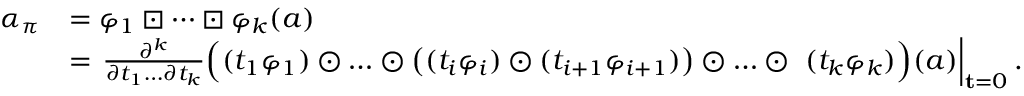
\begin{array} { r l } { \alpha _ { \pi } } & { = \varphi _ { 1 } \boxdot \cdots \boxdot \varphi _ { k } ( a ) } \\ & { = \left. \frac { \partial ^ { k } } { \partial t _ { 1 } \ldots \partial t _ { k } } \Bigl ( ( t _ { 1 } \varphi _ { 1 } ) \odot \ldots \odot \bigl ( ( t _ { i } \varphi _ { i } ) \odot ( t _ { i + 1 } \varphi _ { i + 1 } ) \bigr ) \odot \ldots \odot \ ( t _ { k } \varphi _ { k } ) \Bigr ) ( a ) \right\vert _ { \mathbf t = 0 } . } \end{array}